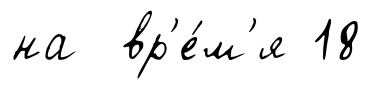
на вр'е́м'я 18